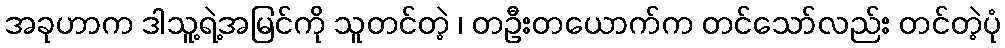
အခုဟာက ဒါသူ့ရဲ့အမြင်ကို သူတင်တဲ့ ၊ တဦးတယောက်က တင်သော်လည်း တင်တဲ့ပုံ